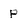
Character: p